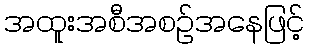
အထူးအစီအစဉ်အနေဖြင့်